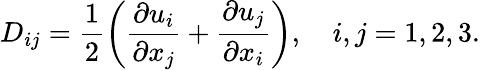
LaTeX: {D}_{ij}=\frac{1}{2}\left(\frac{\partial u_{i}}{\partial x_{j}}+\frac{\partial u_{j}}{\partial x_{i}}\right),\quad i,j=1,2,3.